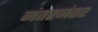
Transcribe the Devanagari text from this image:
नंतरनंतर